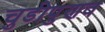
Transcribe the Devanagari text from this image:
चुडीपुणव